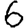
Digit: 6